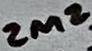
Text: 2M2